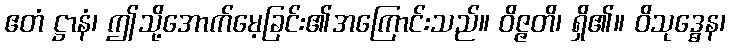
ဧတံ ဋ္ဌာနံ၊ ဤသို့အောက်မေ့ခြင်း၏အကြောင်းသည်။ ဝိဇ္ဇတိ၊ ရှိ၏။ ဝိသုဒ္ဓေန၊